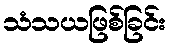
သံသယဖြစ်ခြင်း